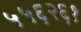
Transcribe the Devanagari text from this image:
५५६२६१